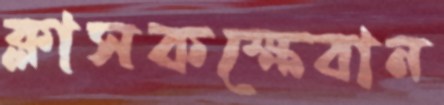
ক্লাসকক্ষেবান